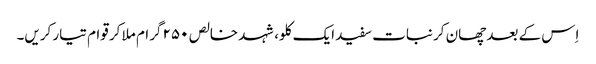
اِس کے بعد چھان کر نبات سفید ایک کلو، شہد خالص ۲۵۰ گرام ملا کر قوام تیار کریں۔